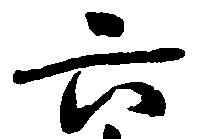
六